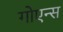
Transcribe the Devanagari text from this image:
गोएन्स